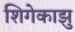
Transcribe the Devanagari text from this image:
शिगेकाझु